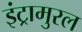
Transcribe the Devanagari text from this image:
इंट्रामुरल